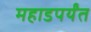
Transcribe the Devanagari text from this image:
महाडपर्यंत